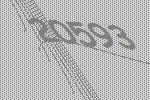
20593